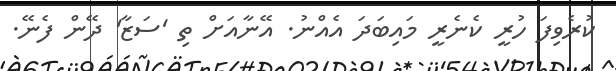
ކުރެވިފަ ހުރީ ކެނެރީ މައިބަދަ އެއްނު. އޭނާއަށް ތި 'ސަޒާ' ދޭން ފެނޭ.